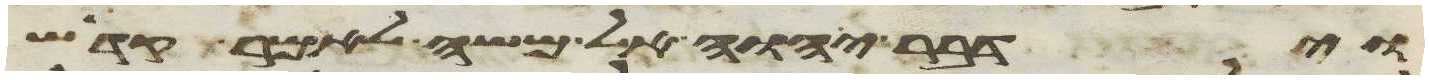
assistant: וידבר יהוה אל משה לאמר קדש